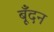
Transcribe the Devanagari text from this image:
बूँदन